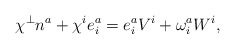
\begin{align*} \chi^\perp n^a + \chi^i e^a_i = e^a_i V^i + \omega^a_i W^i,\end{align*}